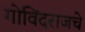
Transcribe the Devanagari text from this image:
गोविंदराजचे